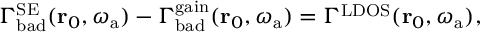
\Gamma _ { \mathrm { b a d } } ^ { \mathrm { S E } } ( \mathbf { r } _ { 0 } , \omega _ { \mathrm { a } } ) - \Gamma _ { \mathrm { b a d } } ^ { \mathrm { g a i n } } ( \mathbf { r } _ { 0 } , \omega _ { \mathrm { a } } ) = \Gamma ^ { \mathrm { L D O S } } ( \mathbf { r } _ { 0 } , \omega _ { \mathrm { a } } ) ,